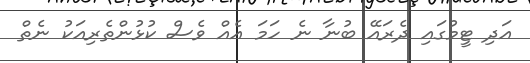
އަދި ޓީމުގައި ދެރައޭ ބުނާ ނެ ހަމަ އެއް ވެސް ކުޅުންތެރިއަކު ނެތް